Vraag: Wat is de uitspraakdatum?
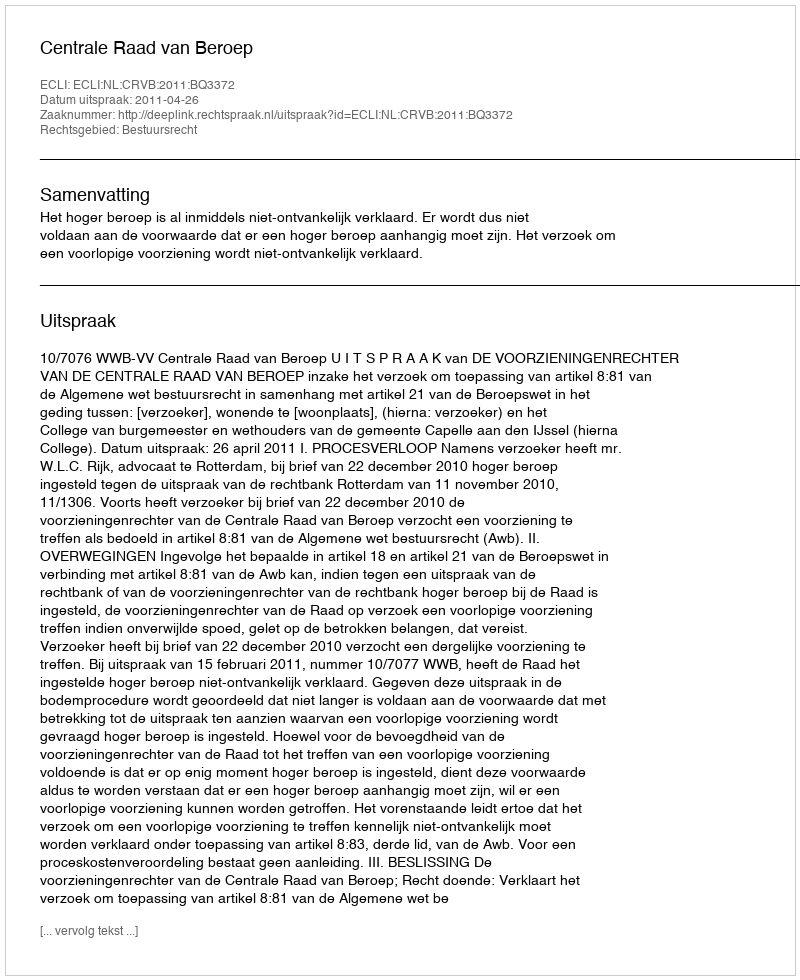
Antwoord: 2011-04-26